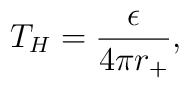
T_H = {\epsilon\over 4\pi r_+},